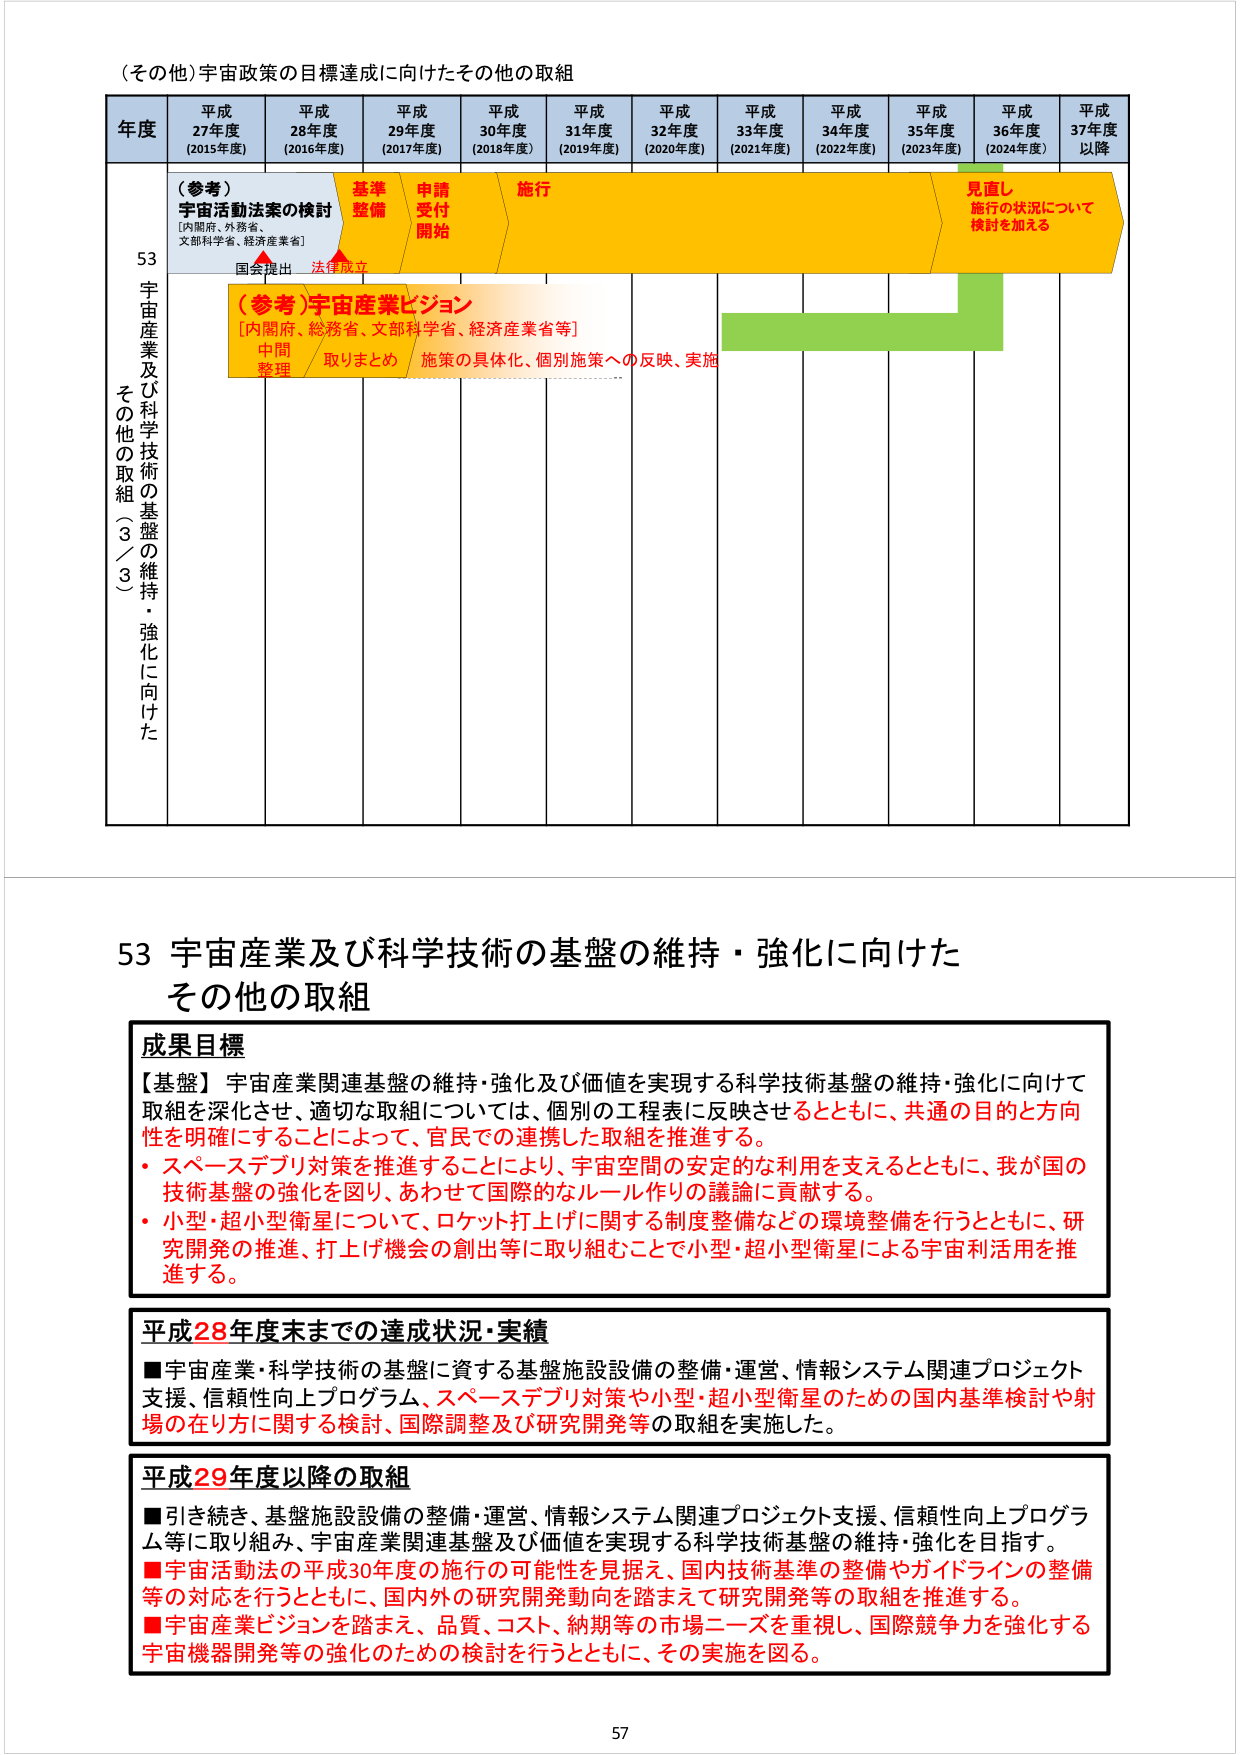
（その他）宇宙政策の目標達成に向けたその他の取組

年度 平成27年度（2015年度） 平成28年度（2016年度） 平成29年度（2017年度） 平成30年度（2018年度） 平成31年度（2019年度） 平成32年度（2020年度） 平成33年度（2021年度） 平成34年度（2022年度） 平成35年度（2023年度） 平成36年度（2024年度） 平成37年度以降

53 宇宙産業及び科学技術の基盤の維持・強化に向けた その他の取組（3／3）

（参考）宇宙活動法案の検討 [内閣府、外務省、文部科学省、経済産業省] 国会提出 法律成立

基準整備 申請受付開始 施行 見直し 施行の状況について検討を加える

（参考）宇宙産業ビジョン [内閣府、総務省、文部科学省、経済産業省等] 中間整理 取りまとめ 施策の具体化、個別施策への反映、実施

53 宇宙産業及び科学技術の基盤の維持・強化に向けた その他の取組

成果目標
【基盤】宇宙産業関連基盤の維持・強化及び価値を実現する科学技術基盤の維持・強化に向けて取組を深化させ、適切な取組については、個別の工程表に反映させるとともに、共通の目的と方向性を明確にすることによって、官民での連携した取組を推進する。
・スペースデブリ対策を推進することにより、宇宙空間の安定的な利用を支えるとともに、我が国の技術基盤の強化を図り、あわせて国際的なルール作りの議論に貢献する。
・小型・超小型衛星について、ロケット打上げに関する制度整備などの環境整備を行うとともに、研究開発の推進、打上げ機会の創出等に取り組むことで小型・超小型衛星による宇宙利活用を推進する。

平成28年度末までの達成状況・実績
■宇宙産業・科学技術の基盤に資する基盤施設設備の整備・運営、情報システム関連プロジェクト支援、信頼性向上プログラム、スペースデブリ対策や小型・超小型衛星のための国内基準検討や射場の在り方に関する検討、国際調整及び研究開発等の取組を実施した。

平成29年度以降の取組
■引き続き、基盤施設設備の整備・運営、情報システム関連プロジェクト支援、信頼性向上プログラム等に取り組み、宇宙産業関連基盤及び価値を実現する科学技術基盤の維持・強化を目指す。
■宇宙活動法の平成30年度の施行の可能性を見据え、国内技術基準の整備やガイドラインの整備等の対応を行うとともに、国内外の研究開発動向を踏まえて研究開発等の取組を推進する。
■宇宙産業ビジョンを踏まえ、品質、コスト、納期等の市場ニーズを重視し、国際競争力を強化する宇宙機器開発等の強化のための検討を行うとともに、その実施を図る。

57